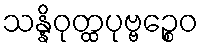
သန္နိဝုတ္ထပုဗ္ဗဉ္စေဝ